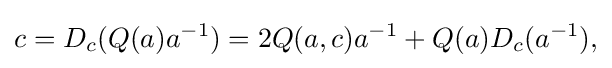
\displaystyle {c=D_{c}(Q(a)a^{-1})=2Q(a,c)a^{-1}+Q(a)D_{c}(a^{-1}),}